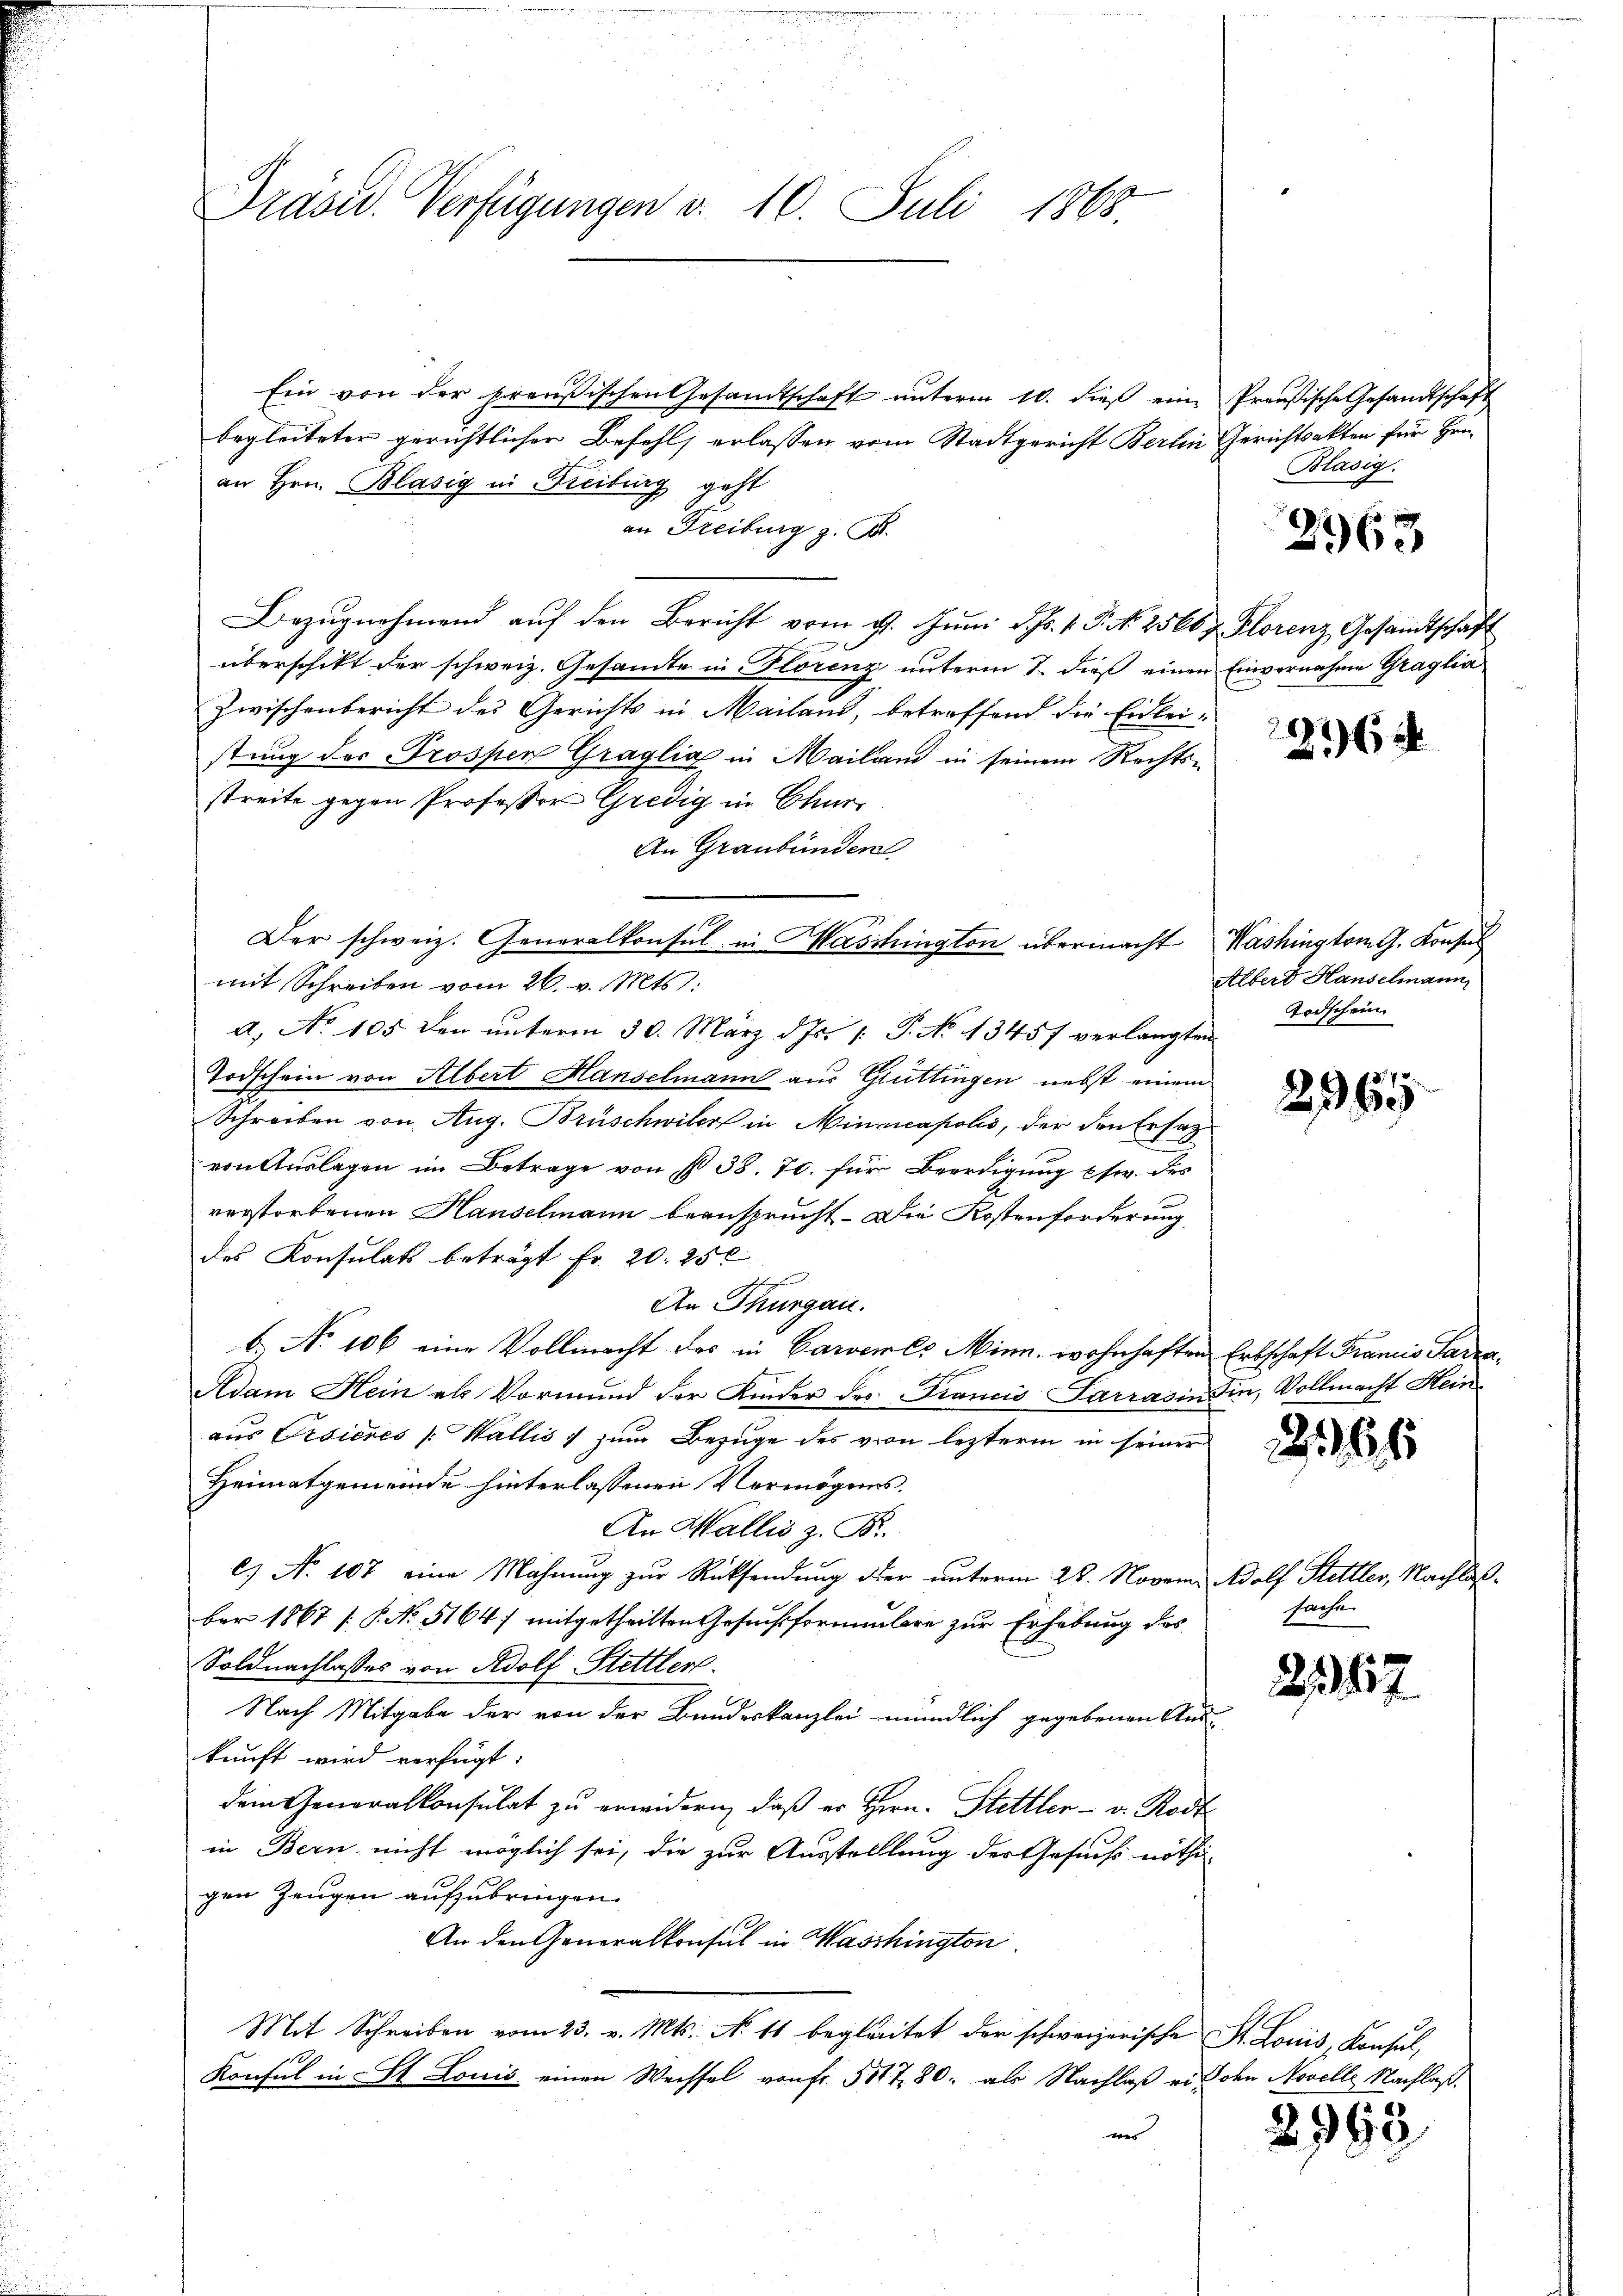
Präsid. Verfügungen v. 10. Juli 1868.

Ein von der preußischen Gesandtschaft unterm 10. dieß eine Preußische Gesandtschaft
begleiteter gerichtlicher Befehls erlassen vom Stadtgericht Berlin Gerichtsakten für Hrn.
an Hrn. Bläsig in Freibung geht
an Freiburg z. B.
Bezŭgnehmend aŭf den Bericht vom 9. Jŭni d. Js. v. J. N. 25664. Florenz Gesandtschaft
überschikt der schweiz. Gesandte in Florenz unterm 7. dieß einen Einvernahme Graglia
Zwischenbericht des Gerichts in Mailand, betreffend die Eidlei-
stung des Trossen Graglia in Mailand in seinem Rechts-
streite gegen Professor Gredig in Chur
An Graubünden
Der schweiz. Generalkonsul in Maschington übermacht Washington G. Konsul
mit Schreiben vom 26. v. Mts. 1.
a, No 105 den unterm 30. März d. Js. [ P. No 13457 verlangten
Todschein von Albert Hanselmann aus Gruttingen nebst einem
Schreiben von Aug. Brüschwiler in Minicapolis, der den Ersat
von Aŭslagen im Betrage von § 38. 70. für Beerdigŭng usw. des
verstorbenen Hauselmann beansprucht. Die Kostenforderung
des Konsulats beträgt Fr. 20. 250
An Thurgau.
6. No 106 eine Vollmacht des in Carvenes Minn, wohnhaften Erbschaft Francis Para¬
Adam Hein als Vormund der Kinder des Francis Sarras in die, Vollmacht Hein
aus Ersieres Wallis 1 zum Bezuge des von lezterm in seiner
Heimatgemeinde hinterlassenen Vermögens.
An Wallis z. B.
C) No 107 eine Mahnung zur Rücksendung oder unterm 28. Novem Adolf Stettler, Nachlaßber 1867 [§ No 5164) mitgetheilten Gesuchsformulare zur Erhebung des
Soldnachlasses von Adolf Stettler.
Nach Mitgabe der von der Bundeskanzlei mündlich gegebenen Auskunft wird verfügt:
dem Generalkonsulat zu erwidern, daß er Hern. Stettler v. Rodt
in Bern nicht möglich sei, die zur Ausstelllung der Gesuchs nöthi-
gen Zeugen aufzubringen.
An den Generalkonsul in Waschington
Mit Schreiben vom 23. v. Mts. No. 11 begleitet der schweizerische St. Louis, Konsul,
Konsul in St. Louis einen Wechsel von Fr. 511 780, als Nachlaß aus den Novelle Nachlaße

Bläsig.

2963

2964

Albert Hanselmann
Todschein.

296

266

sache.

2167

2993